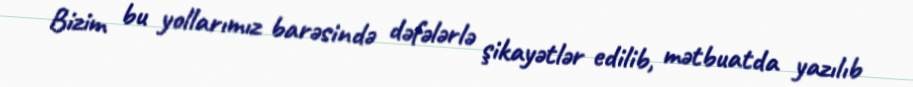
Bizim bu yollarımız barəsində dəfələrlə şikayətlər edilib, mətbuatda yazılıb